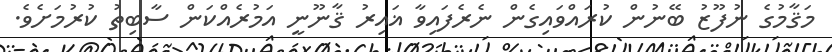
މަޤާމުގެ ނުފޫޒު ބޭނުން ކުރައްވައިގެން ނެރެފައިވާ ޣައިރު ޤާނޫނީ އަމުރެއްކަން ސާބިތު ކުރުމަށެވެ.